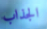
الجذاب